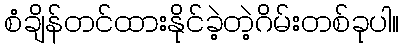
စံချိန်တင်ထားနိုင်ခဲ့တဲ့ဂိမ်းတစ်ခုပါ။